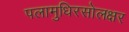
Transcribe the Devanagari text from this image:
पलामुधिरसोलक्षर